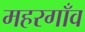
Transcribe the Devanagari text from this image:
महरगाँव